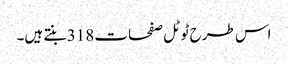
اس طرح ٹوٹل صفحات 318 بنتے ہیں۔